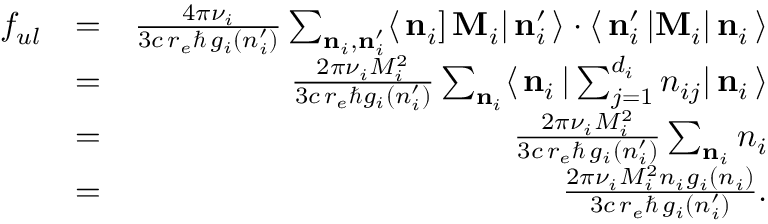
\begin{array} { r l r } { f _ { u l } } & { = } & { \frac { 4 \pi \nu _ { i } } { 3 c \, r _ { e } \hbar \, g _ { i } ( n _ { i } ^ { \prime } ) } \sum _ { { \bf n } _ { i } , { \bf n } _ { i } ^ { \prime } } \langle \, { \bf n } _ { i } ] \, { \bf M } _ { i } | \, { \bf n } _ { i } ^ { \prime } \, \rangle \cdot \langle \, { \bf n } _ { i } ^ { \prime } \, | { \bf M } _ { i } | \, { \bf n } _ { i } \, \rangle } \\ & { = } & { \frac { 2 \pi \nu _ { i } M _ { i } ^ { 2 } } { 3 c \, r _ { e } \hbar g _ { i } ( n _ { i } ^ { \prime } ) } \sum _ { { \bf n } _ { i } } \langle \, { \bf n } _ { i } \, | \sum _ { j = 1 } ^ { d _ { i } } n _ { i j } | \, { \bf n } _ { i } \, \rangle } \\ & { = } & { \frac { 2 \pi \nu _ { i } M _ { i } ^ { 2 } } { 3 c \, r _ { e } \hbar \, g _ { i } ( n _ { i } ^ { \prime } ) } \sum _ { { \bf n } _ { i } } n _ { i } } \\ & { = } & { \frac { 2 \pi \nu _ { i } M _ { i } ^ { 2 } n _ { i } g _ { i } ( n _ { i } ) } { 3 c \, r _ { e } \hbar \, g _ { i } ( n _ { i } ^ { \prime } ) } . } \end{array}